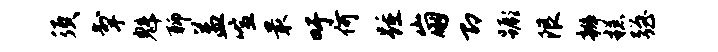
须掣魁聊益喧最吁何踵崩即蹶限辫糕强